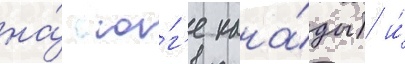
на́ ю́г'е кана́ды) и́